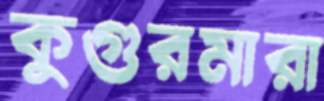
কুগুরমারা